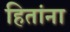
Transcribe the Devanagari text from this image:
हितांना